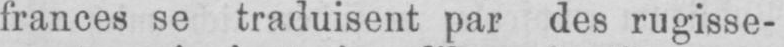
frances se traduisent par des rugisse-